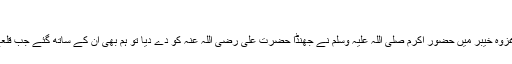
( ابن عساکر )
حضرت ابو رافع رضی اللہ عنہ بیان فرماتے ہیں کہ جب غزوہ خیبر میں حضور اکرم صلی اللہ علیہ وسلم نے جھنڈا حضرت علی رضی اللہ عنہ کو دے دیا تو ہم بھی ان کے ساتھ گئے جب قلعے کے قریب پہنچے تو قلعے کے یہودیوں نے مقابلہ کیا ۔